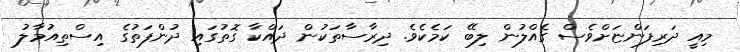
މިއީ ދަރިފަންޏަށްވެސް ގެއްލުން ލިބޭ ކަމެކެވެ. ދިރާސާތަކުން ދައްކާ ގޮތުގައި ދުންފަތުގެ އިސްތިއުމާލު